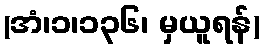
(အံ၊၁၊၁၃၆၊ မှယူရန်)